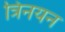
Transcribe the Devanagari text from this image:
त्रिनयन